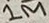
Text: 1M